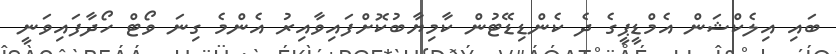
ބައި އިލެކްޝަން އެމްޑީޕީގެ ދެ ކެންޑިޑޭޓުން ކާމިޔާބުކޮށްފައިވާއިރު އެންމެ ގިނަ ވޯޓް ހޯދާފައިވަނީ